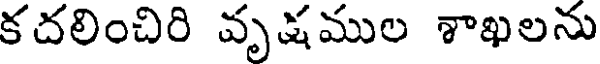
కదలించిరి వృషముల శాఖలను